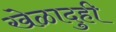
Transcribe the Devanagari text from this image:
खेळादुही